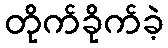
တိုက်ခိုက်ခဲ့